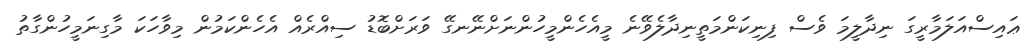
ޢައިސްއަލަމާރީގަ ނިދާލީމަ ވެސް ފިނިކަންމަތީނިދާލެވޭނެ މީއެހެންމީހުންނަށްނޭނގޭ ވަރަށްބޮޑު ސިއްރެއް އެހެންކަމުން މިވާހަކަ މާގިނަމީހުންގާތު